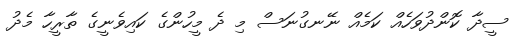
ސީދާ ކޮންދުވަހެއް ކަމެއް ނޭނގުނަސް މި ދެ މީހުންގެ ކައިވެނީގެ ތާރީހާ މެދު